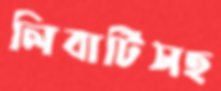
লিবার্টিসহ